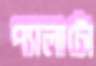
প্যালাটো